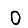
Digit: 0